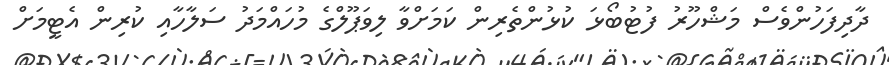
ދާދިފަހުންވެސް މަޝްހޫރު ފުޓުބޯޅަ ކުޅުންތެރިން ކަމަށްވާ ލިވަޕޫލްގެ މުހައްމަދު ސަލާހާއި ކުރިން އެޓީމަށް